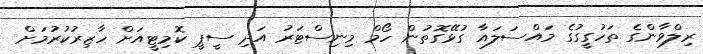
ރިލްވާންގެ ތަހުގީގުގެ މައްސަލައާ ގުޅޭގޮތުން ހޯމް މިނިސްޓަރު އަދި ސީޕީ ކޮމިޓީއަށް ހާޒިރުކުރުމަށް